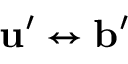
\mathbf { u } ^ { \prime } \leftrightarrow \mathbf { b } ^ { \prime }